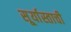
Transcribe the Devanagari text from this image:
सू्र्यास्ताची